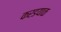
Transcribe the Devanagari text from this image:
करडयाळ